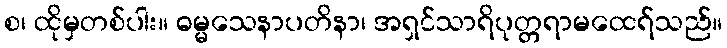
စ၊ ထိုမှတစ်ပါး။ ဓမ္မသေနာပတိနာ၊ အရှင်သာရိပုတ္တရာမထေရ်သည်။